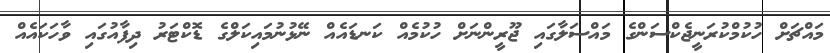
މައްޗަށް ހުކުމްކުރަނީޖެކްސަންގެ މައްސަލާގައި ޖޫރީންނަށް ހުކުމެއް ކަނޑައެއް ނޭޅުނުމައިކަލްގެ ޑޮކްޓަރު ދިފާއުގައި ވާހަކައެއް